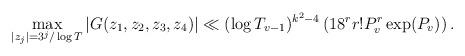
LaTeX: \begin{align*}\max_{|z_j| = 3^j/\log T} |G(z_1,z_2,z_3,z_4)| \ll (\log T_{v-1})^{k^2 - 4} \left(18^r r! P_v^r \exp(P_v) \right).\end{align*}